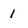
Character: 1